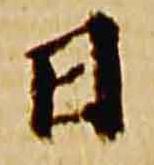
日